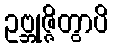
ဥဗ္ဘုဇ္ဇိတွာပိ